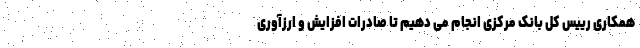
همکاری رییس کل بانک مرکزی انجام می دهیم تا صادرات افزایش و ارزآوری